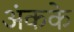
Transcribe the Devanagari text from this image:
अंकके